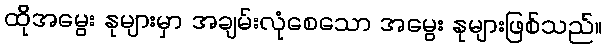
ထိုအမွေး နုများမှာ အချမ်းလုံစေသော အမွေး နုများဖြစ်သည်။